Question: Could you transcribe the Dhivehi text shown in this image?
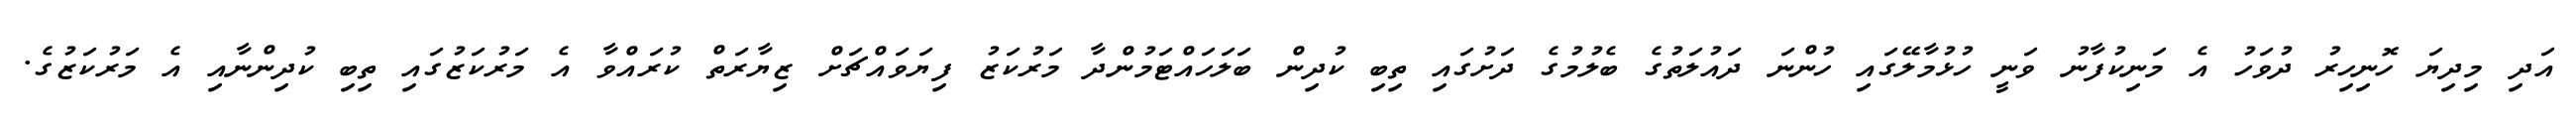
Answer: އަދި މިދިޔަ ހޮނިހިރު ދުވަހު އެ މަނިކުފާނު ވަނީ ހުޅުމާލޭގައި ހުންނަ ދައުލަތުގެ ބެލުމުގެ ދަށުގައި ތިބި ކުދިން ބަލަހައްޓަމުންދާ މަރުކަޒު ފިޔަވައްޗަށް ޒިޔާރަތް ކުރައްވާ އެ މަރުކަޒުގައި ތިބި ކުދިންނާއި އެ މަރުކަޒުގެ.